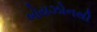
બોયઝોનથી